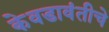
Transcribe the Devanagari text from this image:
केवडावंतीचे